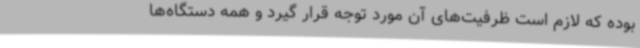
بوده که لازم است ظرفیت‌های آن مورد توجه قرار گیرد و همه دستگاه‌ها